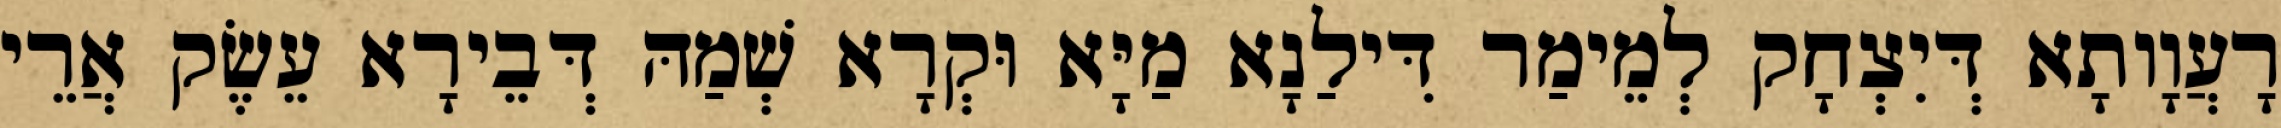
רָעֲוָותָא דְּיִצְחָק לְמֵימַר דִּילַנָא מַיָּא וּקְרָא שְׁמַהּ דְּבֵירָא עֵשֶׂק אֲרֵי